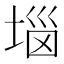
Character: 𡍗